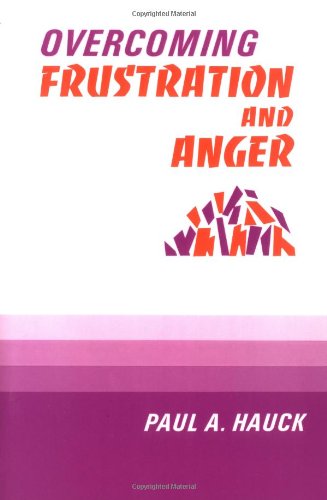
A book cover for Overcoming Frustration and Anger; Paul A. Hauck; Self-Help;